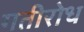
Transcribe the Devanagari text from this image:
गतीरोध